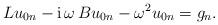
LaTeX: \begin{align*}L u_{0n} - {\rm i}\,\omega\, B u_{0n} - \omega^2 u_{0n} = g_{n}.\end{align*}